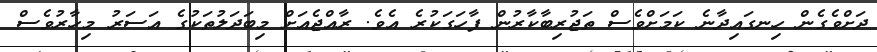
ދަށްވެގެން ހިނގައިދާނެ ކަމަށްވެސް ތަޖުރިބާކާރުން ފާހަގަކުރެ އެވެ. ރާއްޖެއަށް މިބަދަލުތަކުގެ އަސަރު މިހާރުވެސް